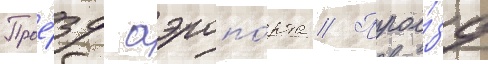
Прое́зд аэропо́рта // Прое́зд